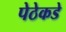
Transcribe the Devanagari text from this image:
पेठेकडे